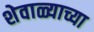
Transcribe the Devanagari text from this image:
शेवाळ्याच्या